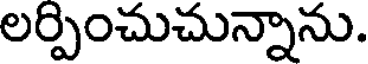
లర్పించుచున్నాను.